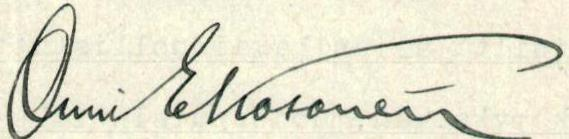
Onni E Kosonen